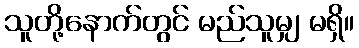
သူတို့နောက်တွင် မည်သူမျှ မရှိ။